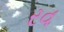
રવ